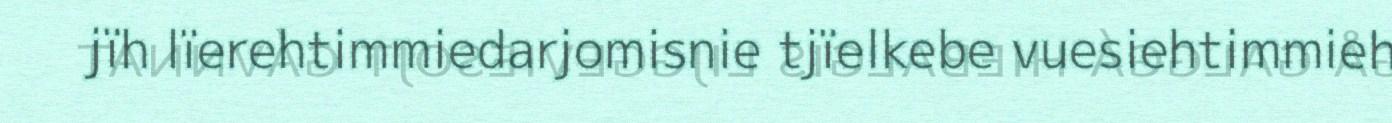
jïh lïerehtimmiedarjomisnie tjïelkebe vuesiehtimmieh